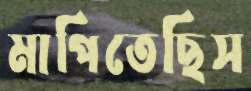
মাপিতেছিস